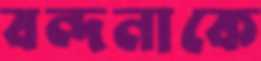
বন্দনাকে